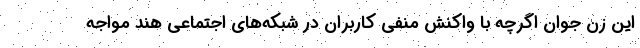
این زن جوان اگرچه با واکنش منفی کاربران در شبکه‌های اجتماعی هند مواجه